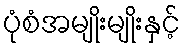
ပုံစံအမျိုးမျိုးနှင့်